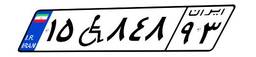
۱۵W۸۴۸۹۳